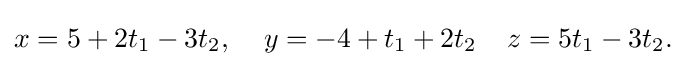
x=5+2t_{1}-3t_{2},\;\;\;\;y=-4+t_{1}+2t_{2}\;\;\;\;z=5t_{1}-3t_{2}.\,\!